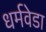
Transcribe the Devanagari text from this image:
धर्मवेडा